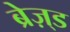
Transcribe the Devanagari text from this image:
ब्रेज़्ड